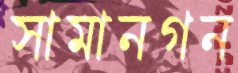
সামানগন